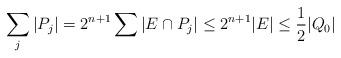
LaTeX: \begin{align*} \sum_j|P_j|=2^{n+1}\sum|E\cap P_j|\leq 2^{n+1}|E|\leq\frac{1}{2}|Q_0|\end{align*}